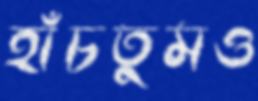
হাঁচতুমও